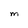
Character: M